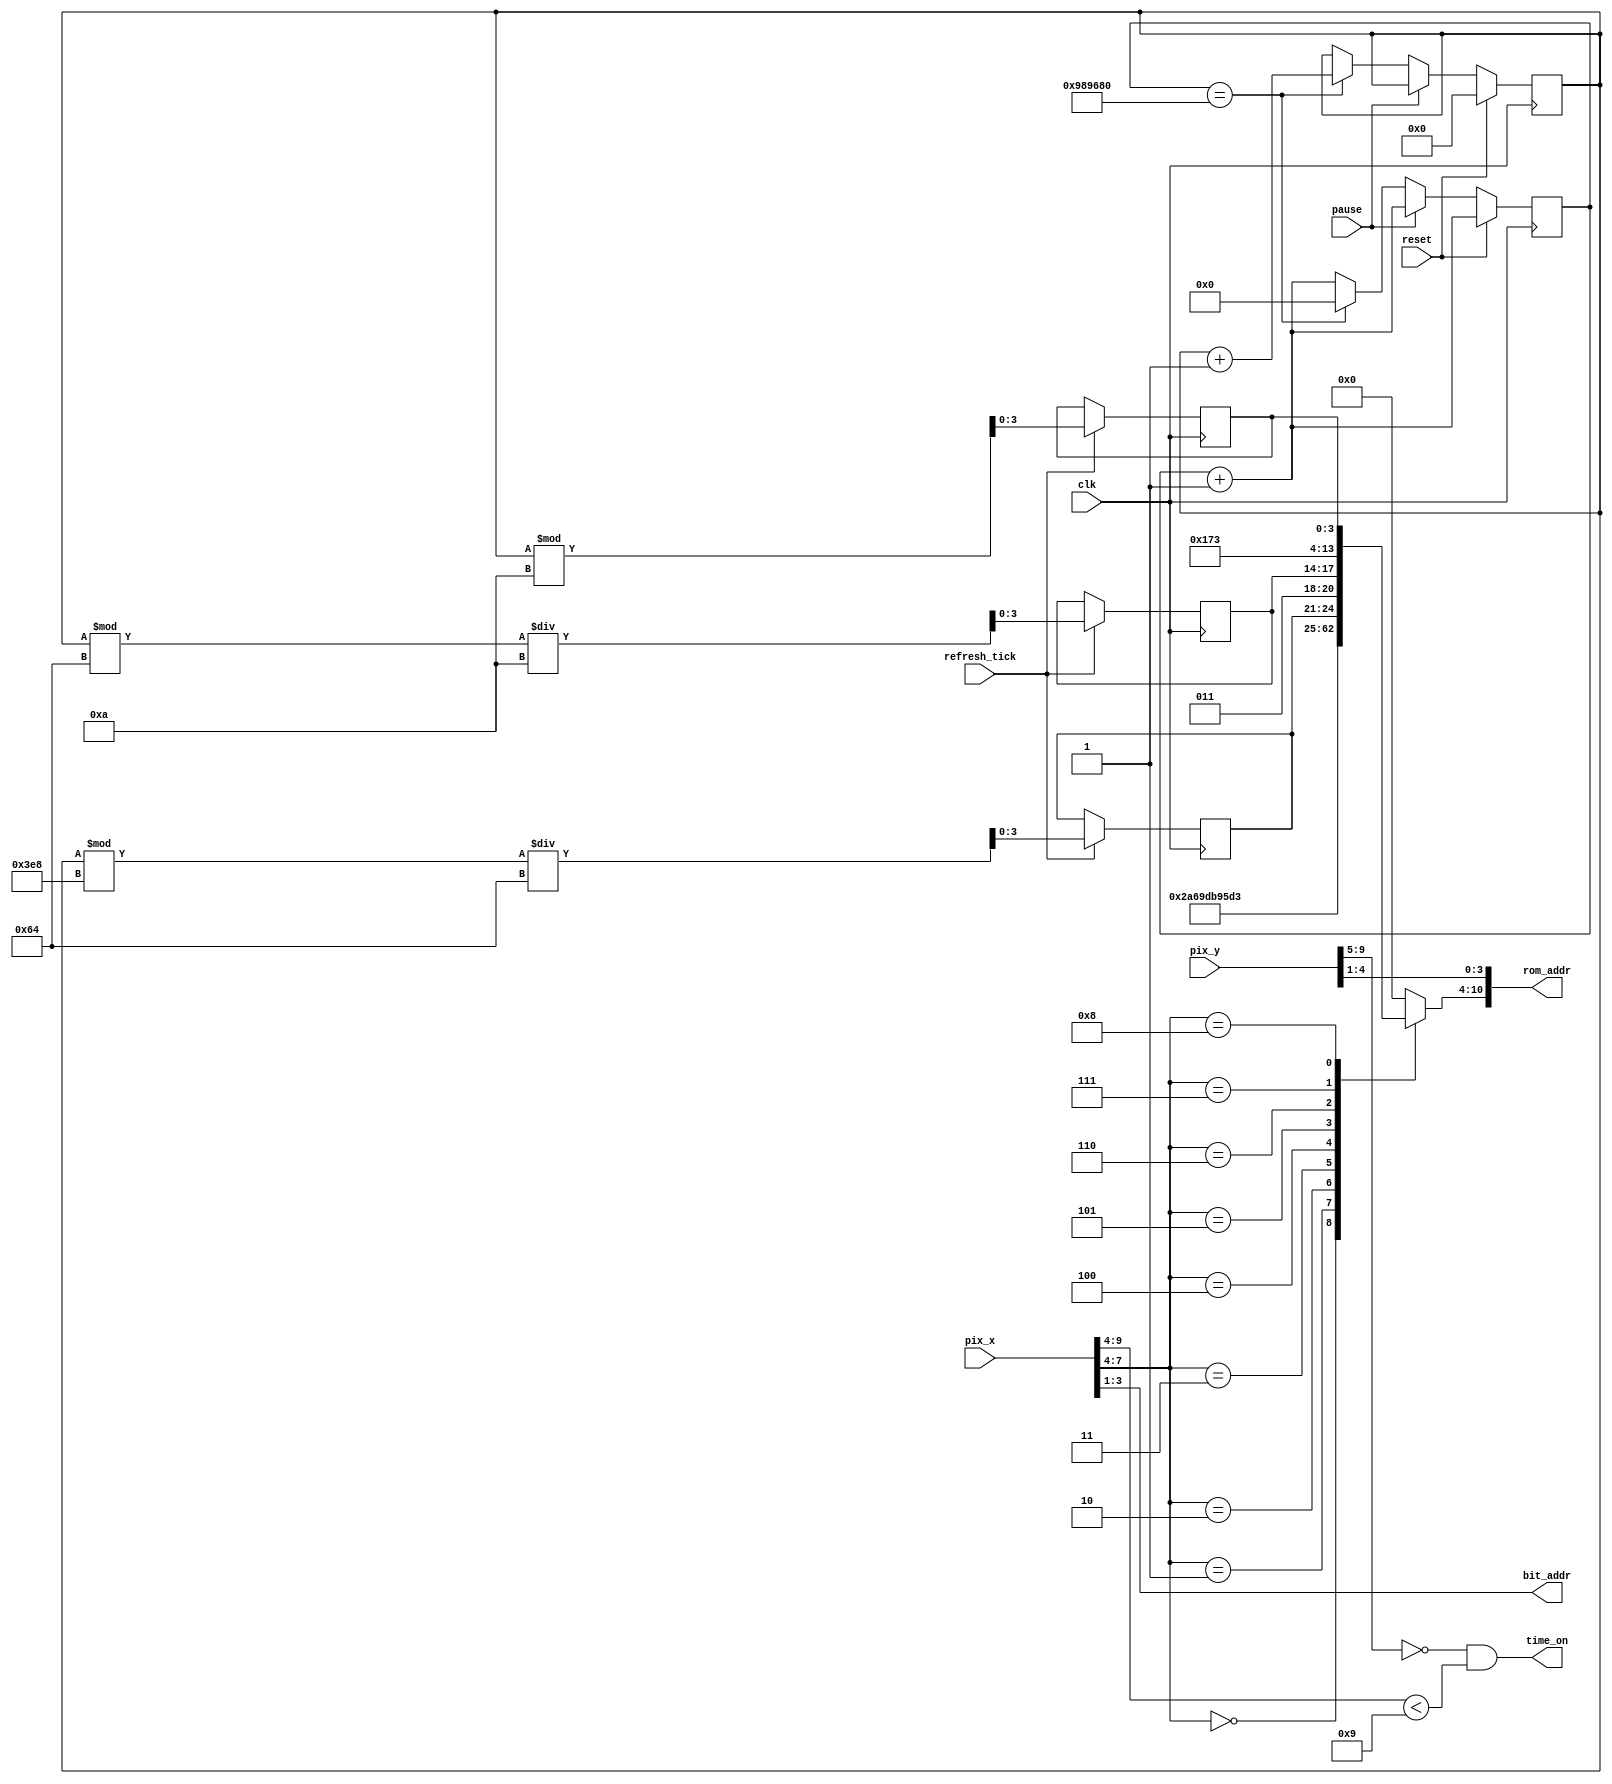

module time_text(
input wire clk, reset, pause,
input wire refresh_tick,
input wire [9:0] pix_x, pix_y,
output wire time_on,
output wire [2:0] bit_addr,
output wire [10:0] rom_addr);
    
//variables 
wire [3:0] row_addr;    
reg [6:0] char_addr;
reg [23:0] time_tick;
reg [9:0] raceTime;
reg [3:0] dig_10th, dig_1s, dig_10s;

assign time_on = (pix_y [9: 5] ==0) && (pix_x [9: 4] <9) ;
assign row_addr = pix_y [4:1];
assign bit_addr = pix_x [3:1];
assign rom_addr = {char_addr, row_addr};
 
//measure time in miliseonds
always@(posedge clk)
begin
time_tick <= time_tick + 1;
if(reset)
    raceTime<=0;
else if(pause)
    raceTime <=raceTime;
else if(time_tick==10000000) //0.1 second
begin
    time_tick<=0;
    raceTime <= raceTime + 1;
end

//calculate decimal digits
if(refresh_tick)
    begin
    dig_10th <= raceTime%10;
    dig_1s <= (raceTime%100)/10;
    dig_10s <= (raceTime%1000)/100;
    end
end 


always @*
case (pix_x [7:4])
4'h0: char_addr = 7'h54; // T
4'h1: char_addr = 7'h69; // i
4'h2: char_addr = 7'h6d; // m
4'h3: char_addr = 7'h65; // e
4'h4: char_addr = 7'h3a; // :
4'h5: char_addr = {3'b011, dig_10s}; // d i g i t 10
4'h6: char_addr = {3'b011, dig_1s}; // d i g i t 1
4'h7: char_addr = 7'h2e; // .
4'h8: char_addr = {3'b011, dig_10th}; // d i g i t 10th
default: char_addr = 7'h00; // 
endcase


endmodule